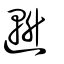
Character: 𫧧